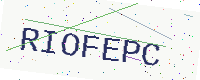
Text: RIOFEPC